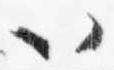
以